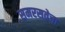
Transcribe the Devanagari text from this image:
समरसतेचा